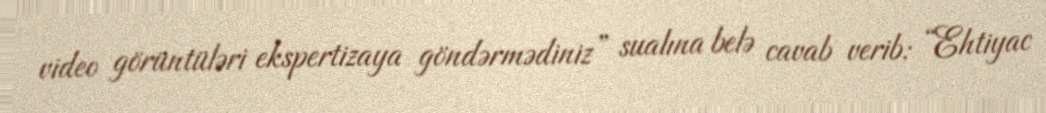
video görüntüləri ekspertizaya göndərmədiniz” sualına belə cavab verib: “Ehtiyac